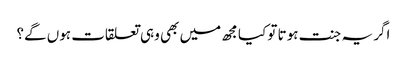
اگر یہ جنت ہوتا تو کیا مجھ میں بھی وہی تعلقات ہوں گے؟